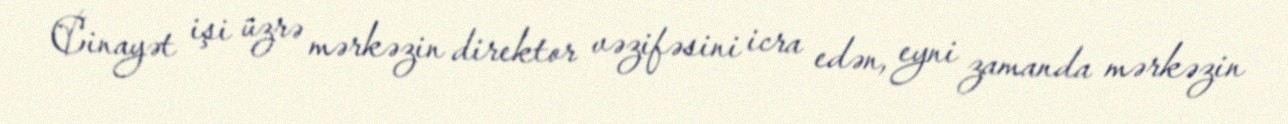
Cinayət işi üzrə mərkəzin direktor vəzifəsini icra edən, eyni zamanda mərkəzin